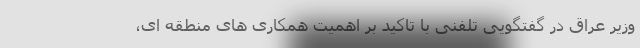
وزیر عراق در گفتگویی تلفنی با تاکید بر اهمیت همکاری های منطقه ای،